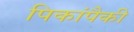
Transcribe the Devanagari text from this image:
पिकांपैकी